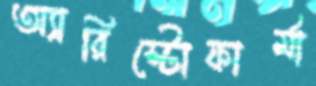
অ্যারিস্টোফার্মা